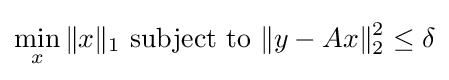
\min _{x}\|x\|_{1}{\text{ subject to }}\|y-Ax\|_{2}^{2}\leq \delta